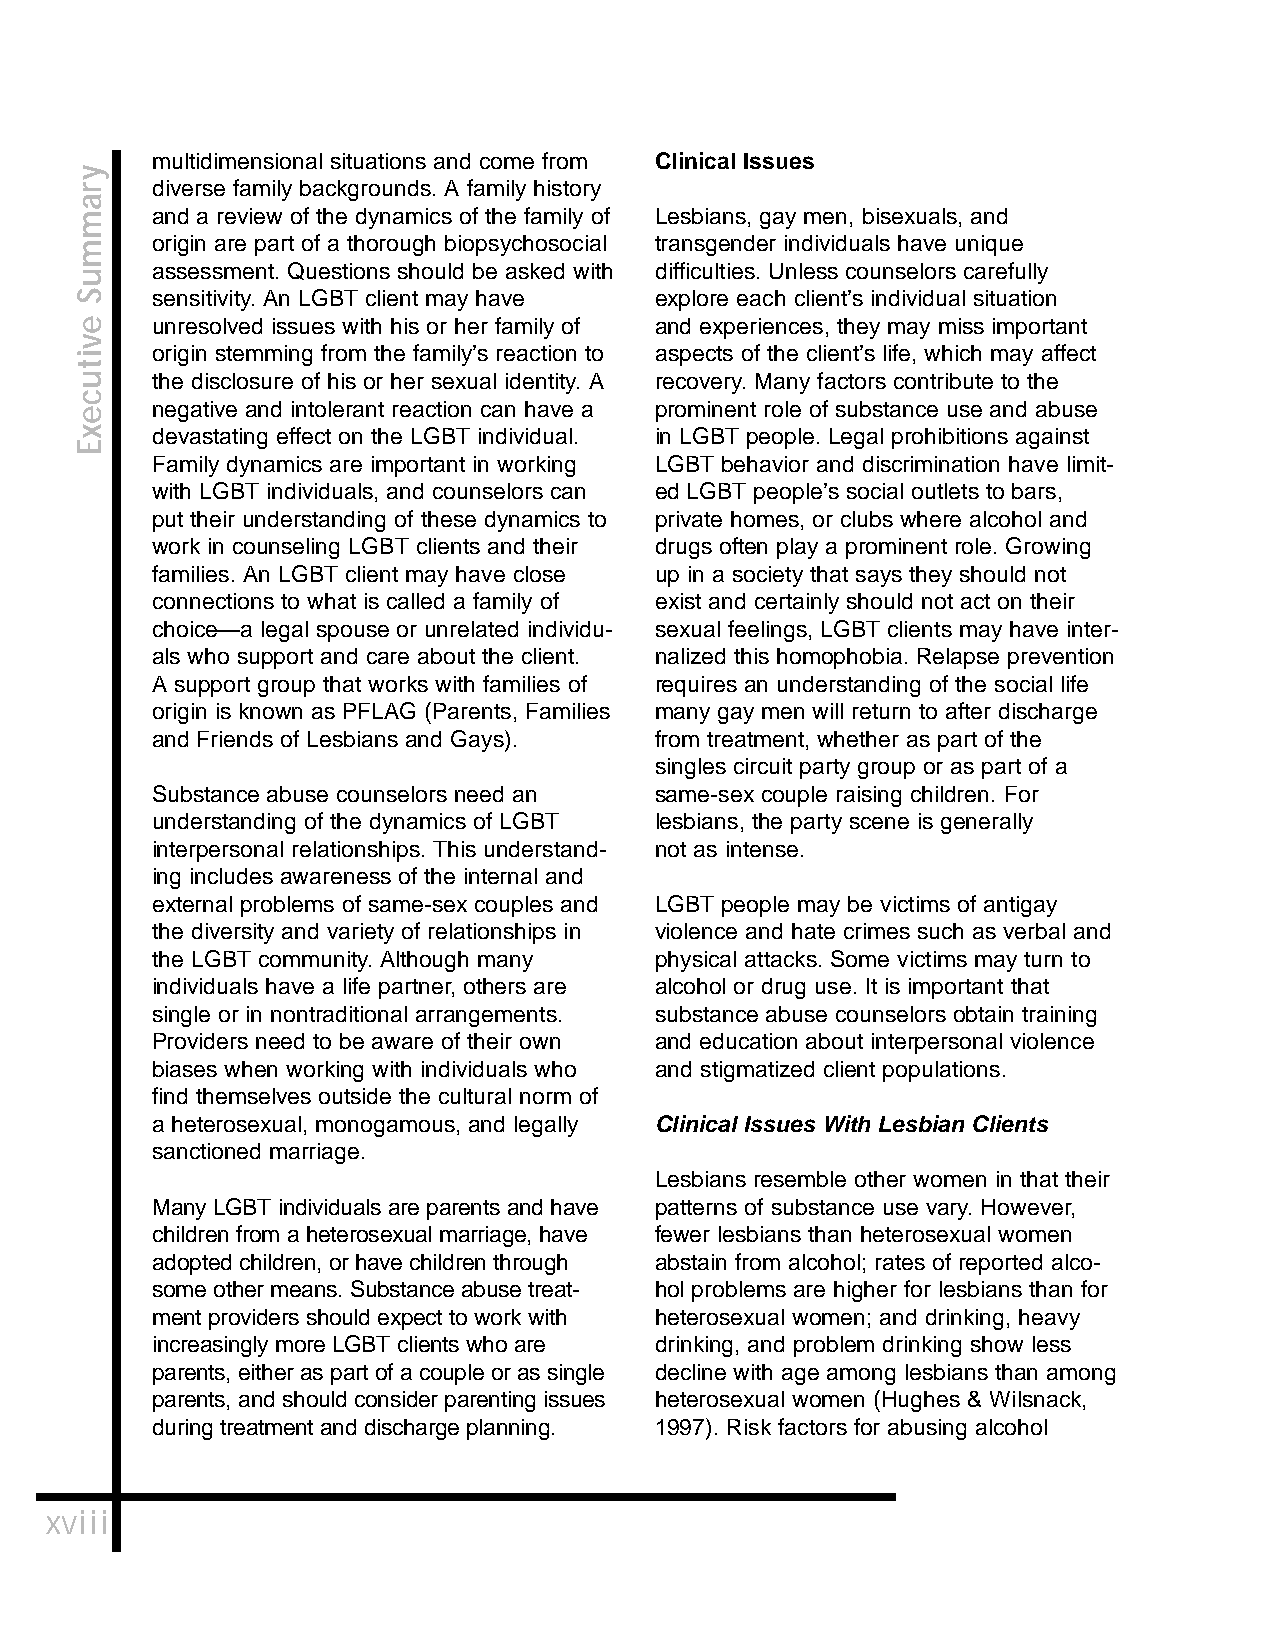
multidimensional situations and come from Clinical Issues
 diverse family backgrounds. A family history
 and a review of the dynamics of the family of Lesbians, gay men, bisexuals, and
 origin are part of a thorough biopsychosocial transgender individuals have unique
 assessment. Questions should be asked with difficulties. Unless counselors carefully
 sensitivity. An LGBT client may have explore each client’s individual situation
 unresolved issues with his or her family of and experiences, they may miss important
 origin stemming from the family’s reaction to aspects of the client’s life, which may affect
 the disclosure of his or her sexual identity. A recovery. Many factors contribute to the
 negative and intolerant reaction can have a prominent role of substance use and abuse
 devastating effect on the LGBT individual. in LGBT people. Legal prohibitions against
 Family dynamics are important in working LGBT behavior and discrimination have limit-
 with LGBT individuals, and counselors can ed LGBT people’s social outlets to bars,
 put their understanding of these dynamics to private homes, or clubs where alcohol and
 work in counseling LGBT clients and their drugs often play a prominent role. Growing
 families. An LGBT client may have close up in a society that says they should not
 connections to what is called a family of exist and certainly should not act on their
 choice—a legal spouse or unrelated individu- sexual feelings, LGBT clients may have inter-
 als who support and care about the client. nalized this homophobia. Relapse prevention
 A support group that works with families of requires an understanding of the social life
 origin is known as PFLAG (Parents, Families many gay men will return to after discharge
 and Friends of Lesbians and Gays). from treatment, whether as part of the
 singles circuit party group or as part of a
 Substance abuse counselors need an same-sex couple raising children. For
 understanding of the dynamics of LGBT lesbians, the party scene is generally
 interpersonal relationships. This understand- not as intense.
 ing includes awareness of the internal and
 external problems of same-sex couples and LGBT people may be victims of antigay
 the diversity and variety of relationships in violence and hate crimes such as verbal and
 the LGBT community. Although many physical attacks. Some victims may turn to
 individuals have a life partner, others are alcohol or drug use. It is important that
 single or in nontraditional arrangements. substance abuse counselors obtain training
 Providers need to be aware of their own and education about interpersonal violence
 biases when working with individuals who and stigmatized client populations.
 find themselves outside the cultural norm of
 a heterosexual, monogamous, and legally Clinical Issues With Lesbian Clients
 sanctioned marriage.
 Lesbians resemble other women in that their
 Many LGBT individuals are parents and have patterns of substance use vary. However,
 children from a heterosexual marriage, have fewer lesbians than heterosexual women
 adopted children, or have children through abstain from alcohol; rates of reported alco-
 some other means. Substance abuse treat- hol problems are higher for lesbians than for
 ment providers should expect to work with heterosexual women; and drinking, heavy
 increasingly more LGBT clients who are drinking, and problem drinking show less
 parents, either as part of a couple or as single decline with age among lesbians than among
 parents, and should consider parenting issues heterosexual women (Hughes & Wilsnack,
 during treatment and discharge planning. 1997). Risk factors for abusing alcohol
 xviii
 yrammuS
 evitucexE